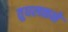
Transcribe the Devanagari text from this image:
तुघलकने